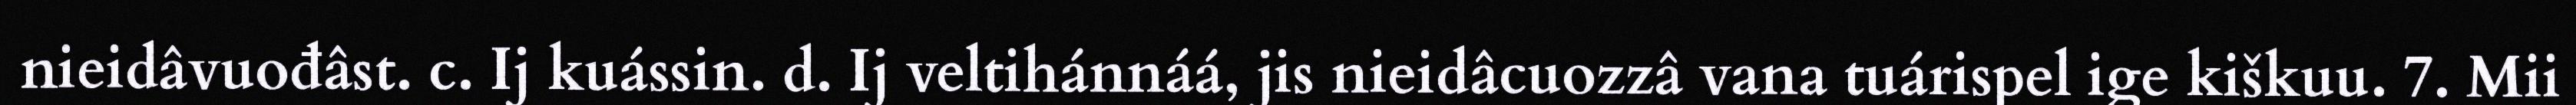
nieidâvuođâst. c. Ij kuássin. d. Ij veltihánnáá, jis nieidâcuozzâ vana tuárispel ige kiškuu. 7. Mii